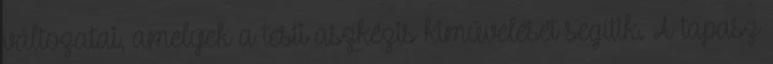
változatai, amelyek a testi aszkézis kiművelését segítik. A tapasz